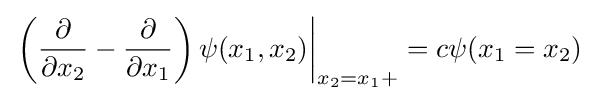
\left.\left({\frac {\partial }{\partial x_{2}}}-{\frac {\partial }{\partial x_{1}}}\right)\psi (x_{1},x_{2})\right|_{x_{2}=x_{1}+}=c\psi (x_{1}=x_{2})